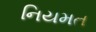
નિયમત